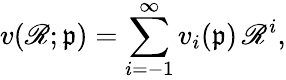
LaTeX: v(\mathscr{R};\mathfrak{{p}})=\sum_{i=-1}^{\infty}v_{i}(\mathfrak{{p}})\, \mathscr{R}^{i},